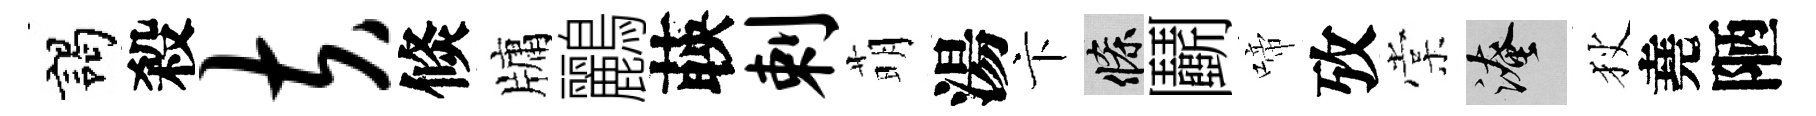
謁殺夫倐牗鸝𦴤剌萌湯卞條鬬啼攷棠淹狄堯陋